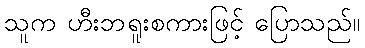
သူက ဟီးဘရူးစကားဖြင့် ပြောသည်။